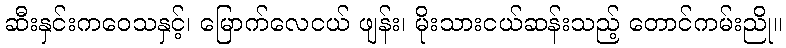
ဆီးနှင်းကဝေသနှင့်၊ မြောက်လေငယ် ဖျန်း၊ မိုးသားငယ်ဆန်းသည့် တောင်ကမ်းညို။